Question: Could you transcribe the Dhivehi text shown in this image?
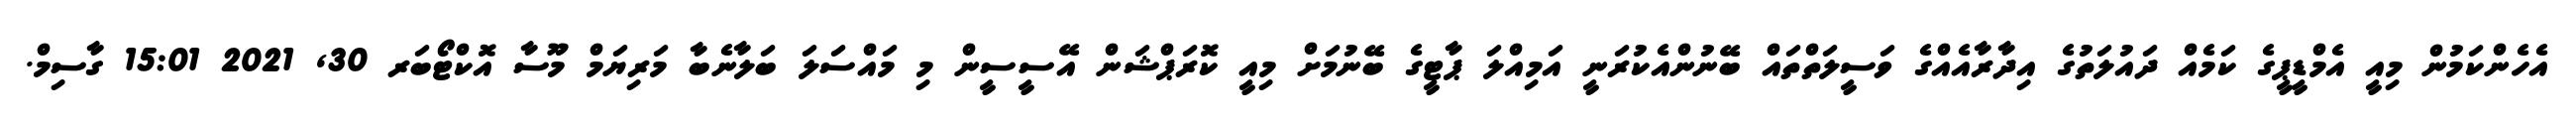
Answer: އެހެންކަމުން މިއީ އެމްޑީޕީގެ ކަމެއް ދައުލަތުގެ އިދާރާއެއްގެ ވަސީލަތްތައް ބޭނުންއެކުރަނީ އަމިއްލަ ޕާޓީގެ ބޭނުމަށް މިއީ ކޮރަޕްޝަން އޭސީސީން މި މައްސަލަ ބަލާނެބާ މަރިޔަމް މޫސާ އޮކްޓޯބަރ 30, 2021 15:01 ގާސިމް.